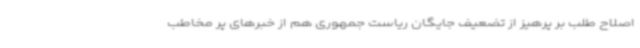
اصلاح طلب بر پرهیز از تضعیف جایگان ریاست جمهوری هم از خبرهای پر مخاطب